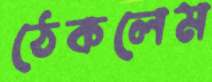
ঠেকলেম